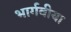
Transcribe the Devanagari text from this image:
भार्गवीया